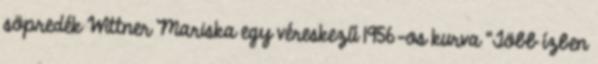
söpredék Wittner Mariska egy véreskezű 1956-os kurva “Több ízben